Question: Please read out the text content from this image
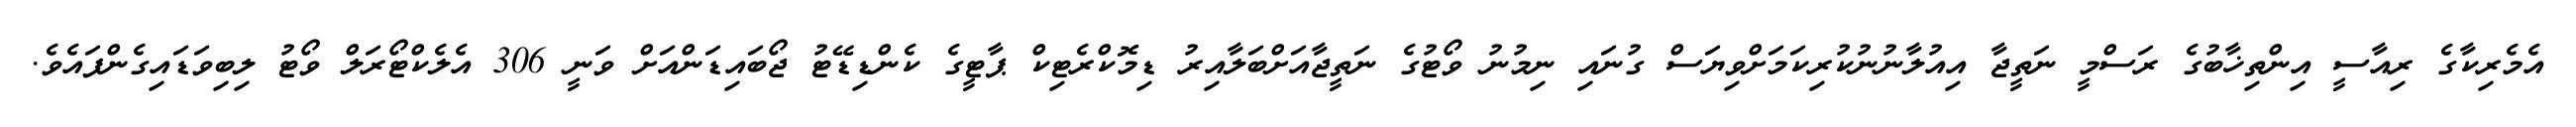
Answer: އެމެރިކާގެ ރިއާސީ އިންތިޚާބުގެ ރަސްމީ ނަތީޖާ އިއުލާނުނުކުރިކަމަށްވިޔަސް ގުނައި ނިމުނު ވޯޓުގެ ނަތީޖާއަށްބަލާއިރު ޑިމޮކްރެޓިކް ޕާޓީގެ ކެންޑިޑޭޓު ޖޯބައިޑަންއަށް ވަނީ 306 އެލެކްޓޯރަލް ވޯޓު ލިބިވަޑައިގެންފައެވެ.